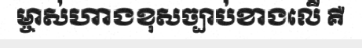
ម្ចាស់ហាងខុសច្បាប់ខាងលើ គឺ